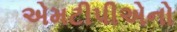
એમટીપીએનો